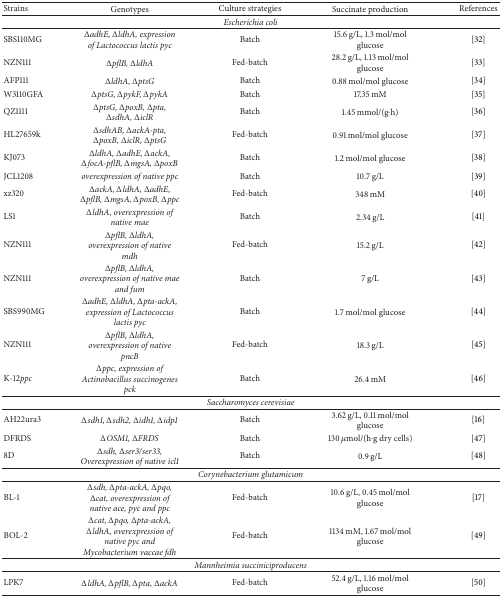
<table><thead><tr><td><b>Strains</b></td><td><b>Genotypes</b></td><td><b>Culture strategies</b></td><td><b>Succinate production</b></td><td><b>References</b></td></tr></thead><tbody><tr><td colspan="5"><i>Escherichia coli </i></td></tr><tr><td>SBS110MG</td><td><i>ΔadhE, ΔldhA, expression of Lactococcus lactis pyc </i></td><td>Batch</td><td>15.6 g/L, 1.3 mol/mol glucose</td><td>[32]</td></tr><tr><td>NZN111</td><td><i>ΔpflB, ΔldhA </i></td><td>Fed-batch</td><td>28.2 g/L, 1.13 mol/mol glucose</td><td>[33]</td></tr><tr><td>AFP111</td><td><i>ΔldhA, ΔptsG </i></td><td>Batch</td><td>0.88 mol/mol glucose</td><td>[34]</td></tr><tr><td>W3110GFA</td><td><i>ΔptsG, ΔpykF, ΔpykA </i></td><td>Batch</td><td>17.35 mM</td><td>[35]</td></tr><tr><td>QZ1111</td><td><i>ΔptsG, ΔpoxB, Δpta, ΔsdhA, ΔiclR </i></td><td>Batch</td><td>1.45 mmol/(g·h)</td><td>[36]</td></tr><tr><td>HL27659k</td><td><i>ΔsdhAB, ΔackA-pta, ΔpoxB, ΔiclR, ΔptsG </i></td><td>Fed-batch</td><td>0.91 mol/mol glucose</td><td>[37]</td></tr><tr><td>KJ073</td><td><i>ΔldhA, ΔadhE, ΔackA, ΔfocA-pflB, ΔmgsA, ΔpoxB </i></td><td>Batch</td><td>1.2 mol/mol glucose</td><td>[38]</td></tr><tr><td>JCL1208</td><td><i>overexpression of native ppc </i></td><td>Batch</td><td>10.7 g/L</td><td>[39]</td></tr><tr><td>xz320</td><td><i>ΔackA, ΔldhA, ΔadhE, ΔpflB, ΔmgsA, ΔpoxB, Δppc </i></td><td>Fed-batch</td><td>348 mM</td><td>[40]</td></tr><tr><td>LS1</td><td><i>ΔldhA, overexpression of native mae </i></td><td>Batch</td><td>2.34 g/L</td><td>[41]</td></tr><tr><td>NZN111</td><td><i>ΔpflB, ΔldhA, overexpression of native mdh </i></td><td>Fed-batch</td><td>15.2 g/L</td><td>[42]</td></tr><tr><td>NZN111</td><td><i>ΔpflB, ΔldhA, overexpression of native mae and fum </i></td><td>Batch</td><td>7 g/L</td><td>[43]</td></tr><tr><td>SBS990MG</td><td><i>ΔadhE, ΔldhA, Δpta-ackA, expression of Lactococcus lactis pyc </i></td><td>Batch</td><td>1.7 mol/mol glucose</td><td>[44]</td></tr><tr><td>NZN111</td><td><i>ΔpflB, ΔldhA, overexpression of native pncB </i></td><td>Fed-batch</td><td>18.3 g/L</td><td>[45]</td></tr><tr><td>K-12<i>ppc </i></td><td><i>Δppc, expression of Actinobacillus succinogenes pck </i></td><td>Batch</td><td>26.4 mM</td><td>[46]</td></tr><tr><td colspan="5"><i>Saccharomyces cerevisiae </i></td></tr><tr><td>AH22ura3</td><td><i>Δsdh1, Δsdh2, Δidh1, Δidp1 </i></td><td>Batch</td><td>3.62 g/L, 0.11 mol/mol glucose</td><td>[16]</td></tr><tr><td>DFRDS</td><td><i>ΔOSM1, ΔFRDS </i></td><td>Batch</td><td>130 <i>μ</i>mol/(h·g dry cells)</td><td>[47]</td></tr><tr><td>8D</td><td><i>Δsdh, Δser3/ser33, Overexpression of native icl1 </i></td><td>Batch</td><td>0.9 g/L</td><td>[48]</td></tr><tr><td colspan="5"><i>Corynebacterium glutamicum </i></td></tr><tr><td>BL-1</td><td><i>Δsdh, Δpta-ackA, Δpqo, Δcat, overexpression of native ace, pyc and ppc </i></td><td>Fed-batch</td><td>10.6 g/L, 0.45 mol/mol glucose</td><td>[17]</td></tr><tr><td>BOL-2</td><td><i>Δcat, Δpqo, Δpta-ackA, ΔldhA, overexpression of native pyc and Mycobacterium vaccae fdh </i></td><td>Fed-batch</td><td>1134 mM, 1.67 mol/mol glucose</td><td>[49]</td></tr><tr><td colspan="5"><i>Mannheimia succiniciproducens </i></td></tr><tr><td>LPK7</td><td><i>ΔldhA, ΔpflB, Δpta, ΔackA </i></td><td>Fed-batch</td><td>52.4 g/L, 1.16 mol/mol glucose</td><td>[50]</td></tr></tbody></table>